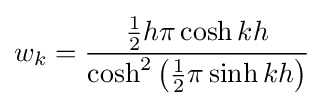
w_{k}={\frac {{\frac {1}{2}}h\pi \cosh kh}{\cosh ^{2}\left({\frac {1}{2}}\pi \sinh kh\right)}}